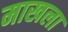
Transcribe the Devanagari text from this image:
माखला